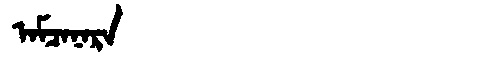
Manchu: ᠠᠮᠴᠠᠨᠠᡵᠠ
Romanization: AMCANARA